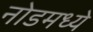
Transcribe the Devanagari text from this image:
नोडमध्ये